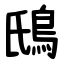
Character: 䲭